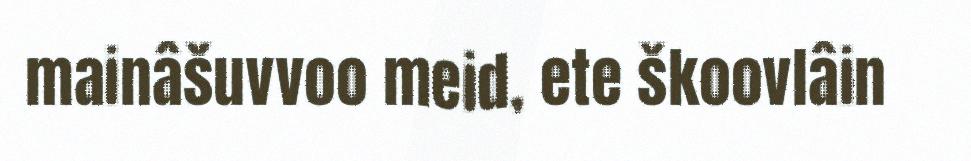
mainâšuvvoo meid, ete škoovlâin